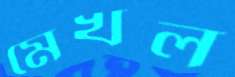
মেখল